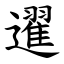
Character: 䢰